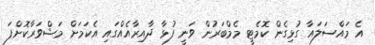
އެ މައްސަލައާ ގުޅިގެން ކޮމެޓީ މެމްބަރުން ވަނީ ފުޅާ ދާއިރާއެއްގައި އެކަމަށް މަޝްވަރާކޮށްފަ